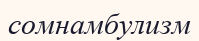
сомнамбулизм